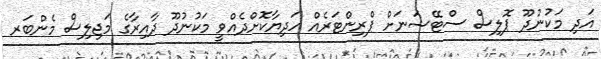
އަދި މަކުނުދޫ ޕޮލިސް ސްޓޭޝަނަށް ޕްރިންޓަރެއް ހަދިޔާކޮށްދެއްވީ މަކުނުދޫ ދާއިރާގެ މަޖިލިސް މެންބަރ